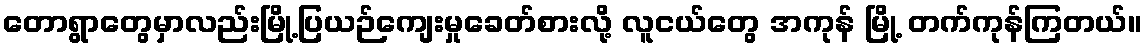
တောရွာတွေမှာလည်းမြို့ပြယဉ်ကျေးမှုခေတ်စားလို့ လူငယ်တွေ အကုန် မြို့ တက်ကုန်ကြတယ်။